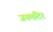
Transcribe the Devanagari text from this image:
जयमंदिर